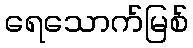
ရေသောက်မြစ်